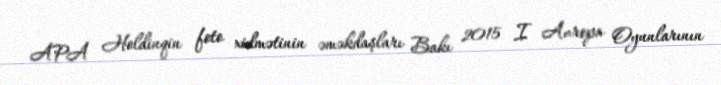
APA Holdinqin foto xidmətinin əməkdaşları Bakı 2015 I Avropa Oyunlarının